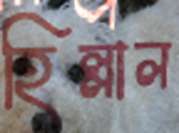
হিল্লাল